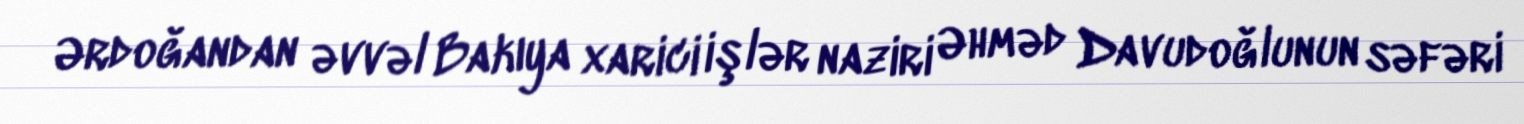
Ərdoğandan əvvəl Bakıya xarici işlər naziri Əhməd Davudoğlunun səfəri